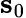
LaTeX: \mathbf{s}_{0}